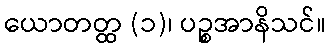
ယောတတ္ထ (၁)၊ ပဉ္စအာနိသင်။